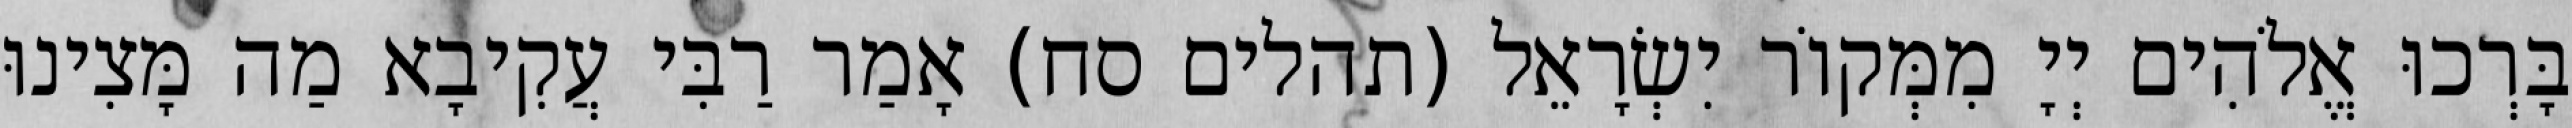
בָּרְכוּ אֱלֹהִים יְיָ מִמְּקוֹר יִשְׂרָאֵל (תהלים סח) אָמַר רַבִּי עֲקִיבָא מַה מָּצִינוּ